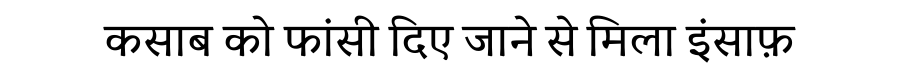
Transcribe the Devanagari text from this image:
कसाब को फांसी दिए जाने से मिला इंसाफ़